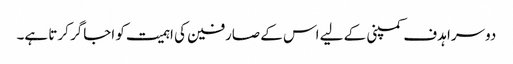
دوسرا ہدف کمپنی کے لیے اس کے صارفین کی اہمیت کو اجاگر کرتا ہے۔